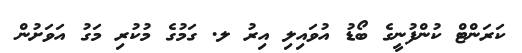
ކަރަންޓް ކުންފުނީގެ ބޯޑު އުވައިލި އިރު ލ. ގަމުގެ މުކުރި މަގު އަވަށުން